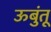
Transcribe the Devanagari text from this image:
ऊबुंतू